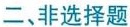
二、非选择题